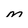
Character: m